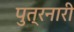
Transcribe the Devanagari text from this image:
पुत्रनारी